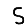
Digit: 5